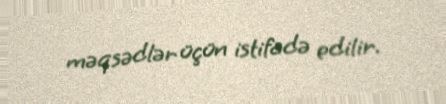
məqsədlər üçün istifadə edilir.